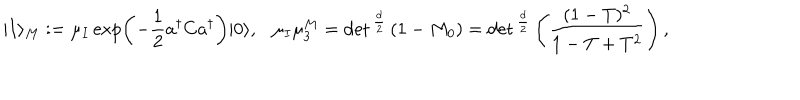
LaTeX: | I \rangle _ { M } : = \mu _ { I } \exp \left( - { \frac { 1 } { 2 } } a ^ { \dagger } C a ^ { \dagger } \right) | 0 \rangle , \ \ \ \mu _ { I } \mu _ { 3 } ^ { M } = \det { } ^ { \frac { d } { 2 } } \left( 1 - M _ { 0 } \right) = \det { } ^ { \frac { d } { 2 } } \left( { \frac { ( 1 - T ) ^ { 2 } } { 1 - T + T ^ { 2 } } } \right) ,